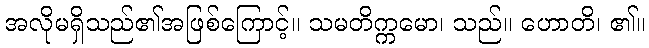
အလိုမရှိသည်၏အဖြစ်ကြောင့်။ သမတိက္ကမော၊ သည်။ ဟောတိ၊ ၏။